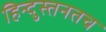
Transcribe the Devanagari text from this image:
हिन्दुस्तनतच